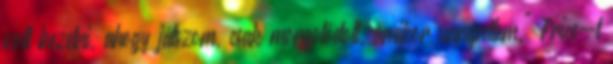
volt kezelni, ahogy játszom, csak morgolódott, amikor ünnepeltem." Price-t